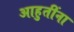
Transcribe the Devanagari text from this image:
आहुतींना